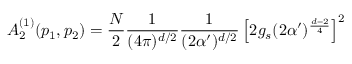
A _ { 2 } ^ { ( 1 ) } ( p _ { 1 } , p _ { 2 } ) = \frac { N } { 2 } \frac { 1 } { ( 4 \pi ) ^ { d / 2 } } \frac { 1 } { ( 2 \alpha ^ { \prime } ) ^ { d / 2 } } \left[ 2 g _ { s } ( 2 \alpha ^ { \prime } ) ^ { \frac { d - 2 } { 4 } } \right] ^ { 2 }